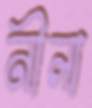
নীলা